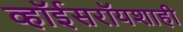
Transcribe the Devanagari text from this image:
व्हॉईसरॉयशाही